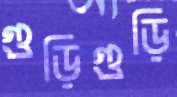
গুড়িগুড়ি